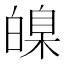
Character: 𤾚